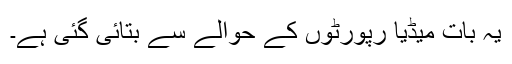
یہ بات میڈیا رپورٹوں کے حوالے سے بتائی گئی ہے۔